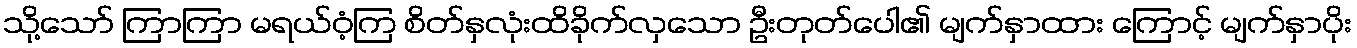
သို့သော် ကြာကြာ မရယ်ဝံ့ကြ စိတ်နှလုံးထိခိုက်လှသော ဦးတုတ်ပေါ၏ မျက်နှာထား ကြောင့် မျက်နှာပိုး